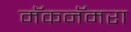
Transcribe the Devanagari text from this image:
मॅकनॅमरा